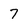
Character: 7